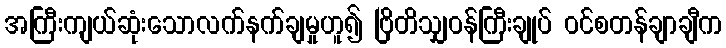
အကြီးကျယ်ဆုံးသောလက်နက်ချမှုဟူ၍ ဗြိတိသျှဝန်ကြီးချုပ် ဝင်စတန်ချာချီက